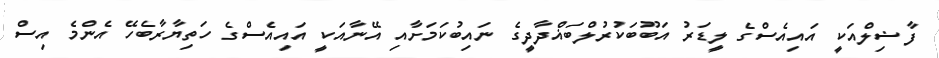
ފާޟިލްއަކީ އައިއެސްގެ ލީޑަރު އަބޫބަކުރުލްބަޣްދާދީގެ ނައިބުކަމަށާއި އޭނާއަކީ އައިއެސްގެ ހަތިޔާރާބެހޭ އެންމެ އިސް